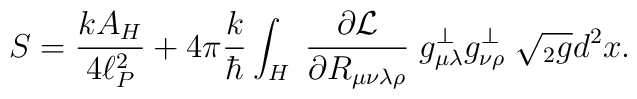
S = {k A_H\over4\ell_P^2}  + 4\pi {k\over\hbar} \int_H \;         {\partial{\cal L} \over \partial R_{\mu\nu\lambda\rho}} \;	 g^\perp_{\mu\lambda}  g^\perp_{\nu\rho}\;	\sqrt{ {}_2 g} d^2x .